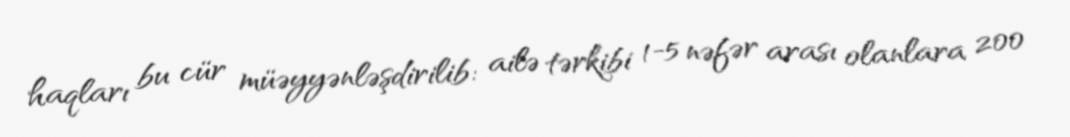
haqları bu cür müəyyənləşdirilib: ailə tərkibi 1-5 nəfər arası olanlara 200